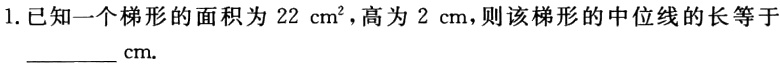
1. 已知一个梯形的面积为\(22\mathrm{cm}^{2}\)，高为\(2\mathrm{cm}\)，则该梯形的中位线的长等于________\(\mathrm{cm}\).